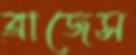
ব্রাজেস